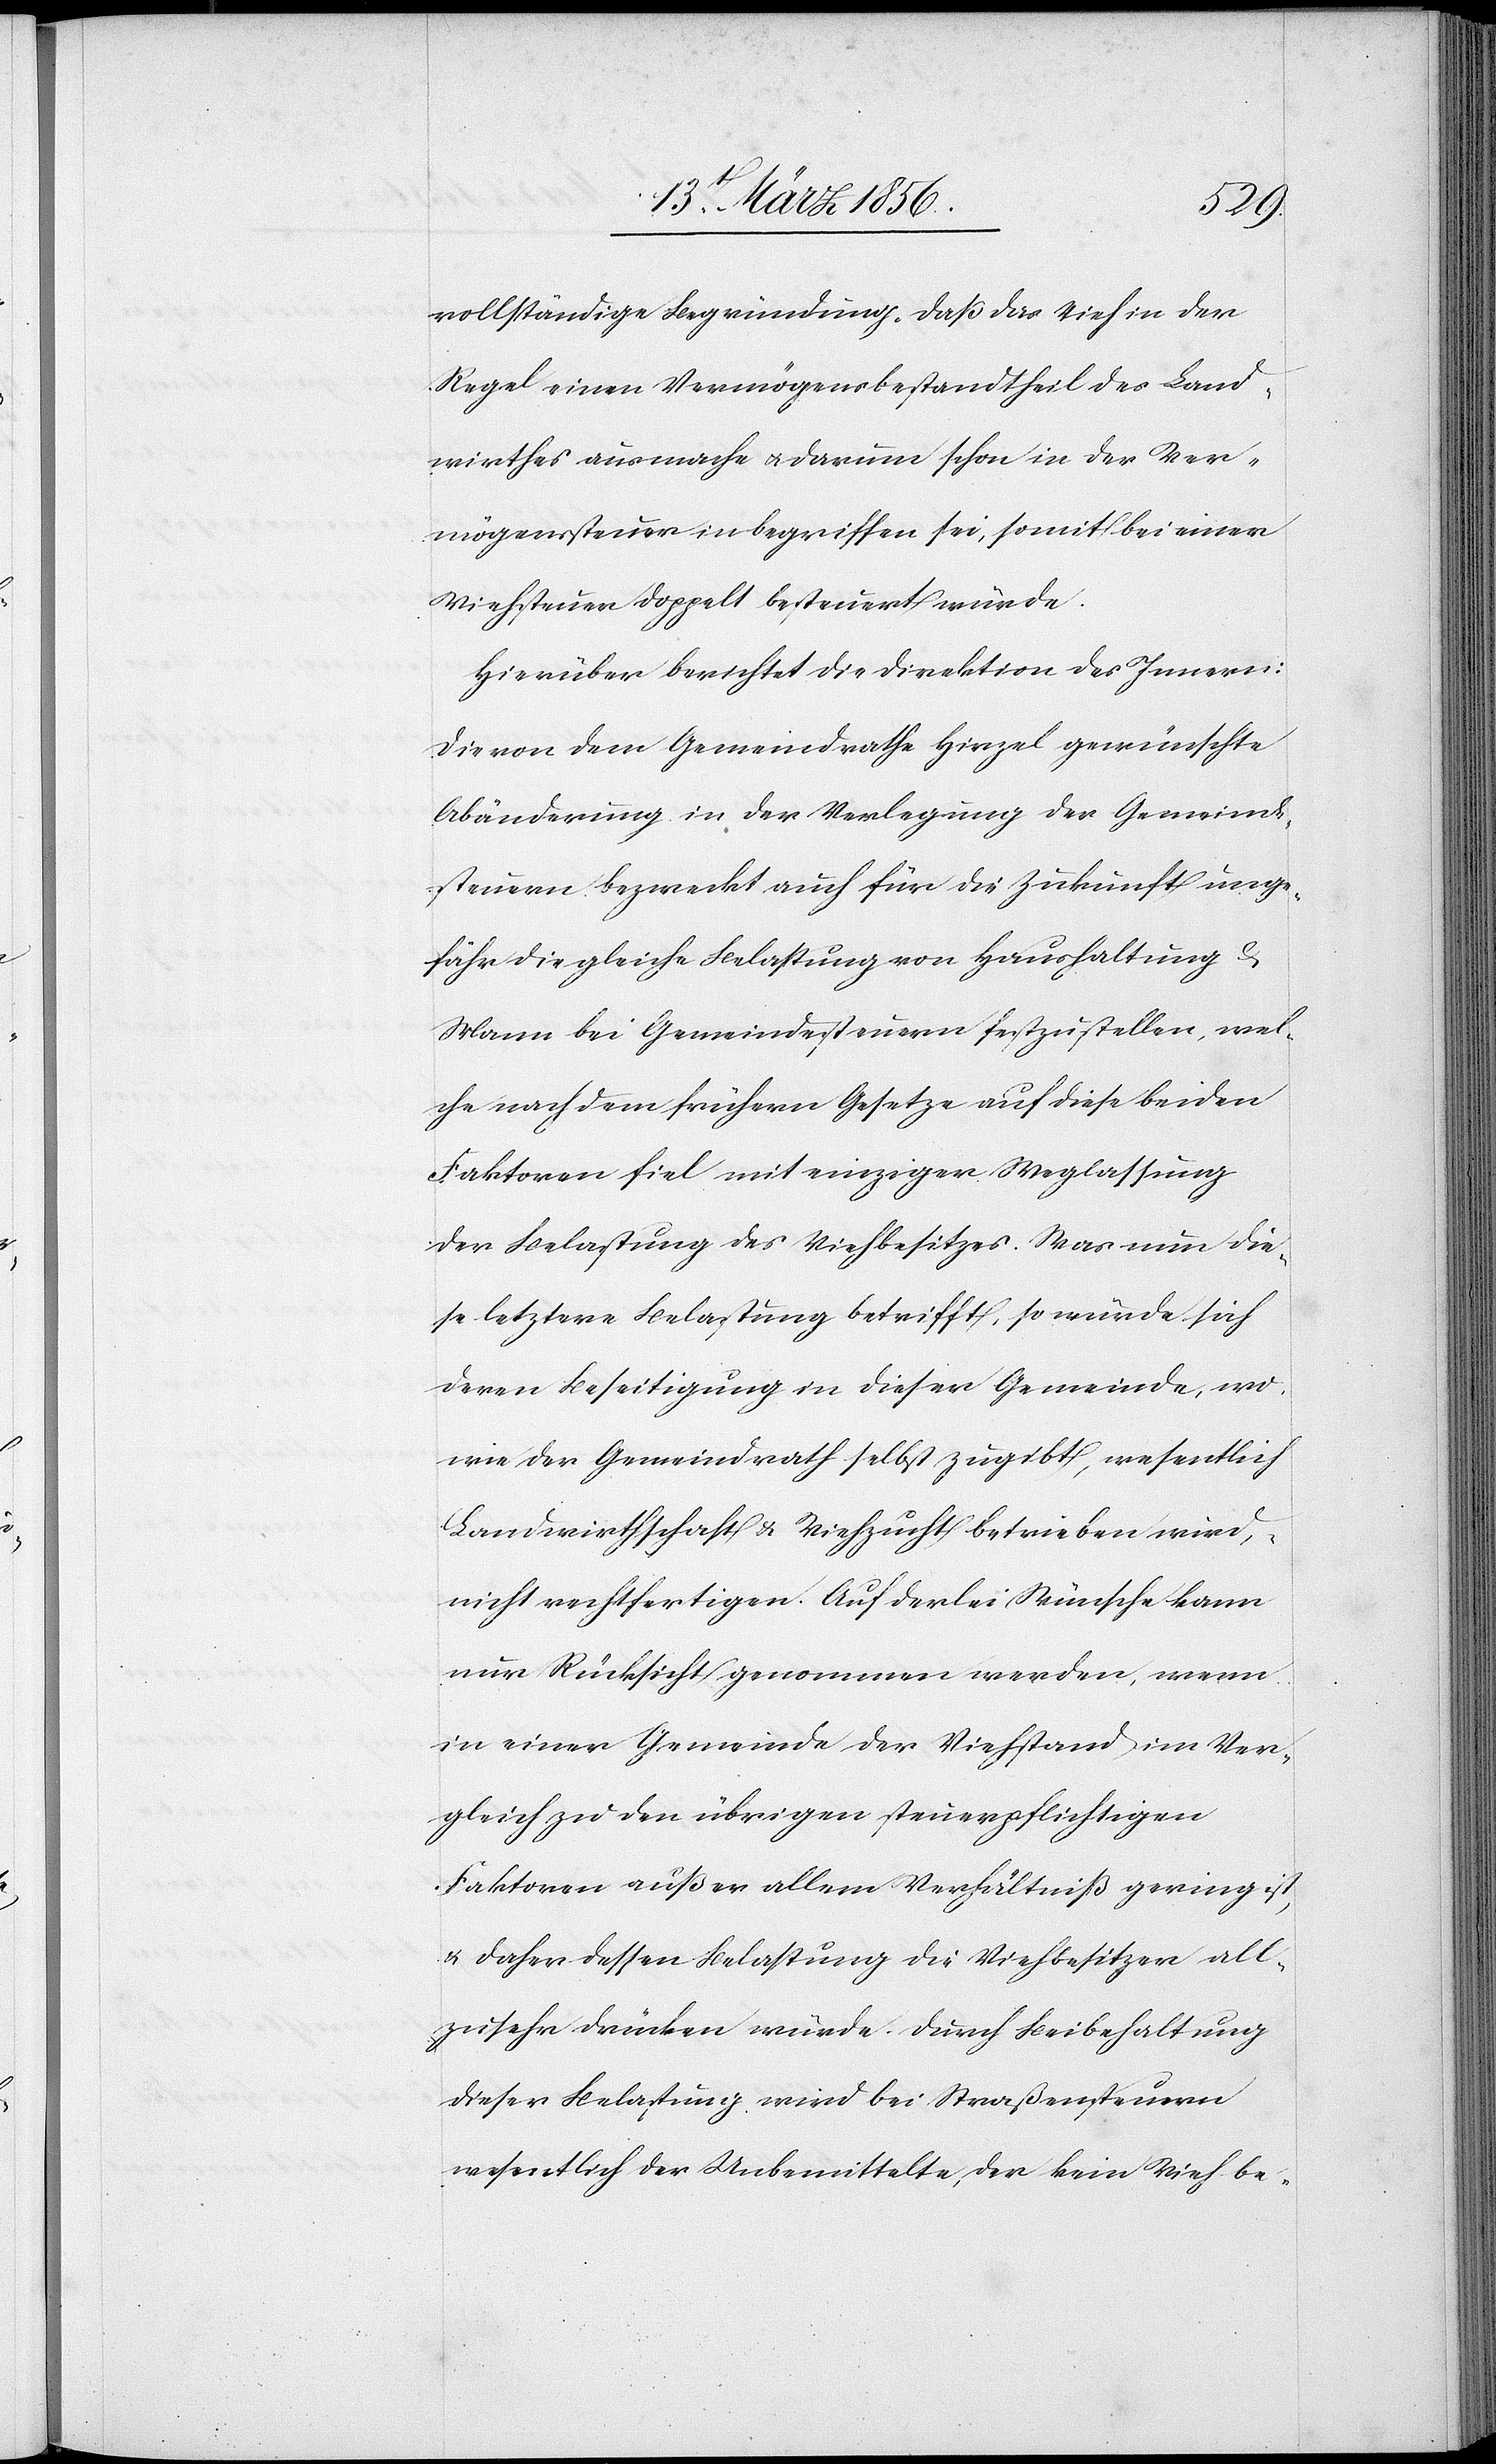
vollständige Begründung, daß das Vieh in der
Regel einen Vermögensbestandtheil des Land¬
wirthes ausmache u. darum schon in der Ver¬
mögenssteuer inbegriffen sei, somit bei einer
Viehsteuer doppelt besteuert würde.
Hierüber berichtet die Direktion des Innern:
Die von dem Gemeindrathe Hirzel gewünschte
Abänderung in der Verlegung der Gemeinde¬
steuern bezweckt auch für die Zukunft unge¬
fähr die gleiche Belastung von Haushaltung &
Mann bei Gemeindesteuern festzustellen, wel¬
che nach dem frühern Gesetze auf diese beiden
Faktoren fiel mit einziger Weglassung
der Belastung des Viehbesitzes. Was nun die¬
se letztere Belastung betrifft, so würde sich
deren Beseitigung in dieser Gemeinde, wo,
wie der Gemeindrath selbst zugibt, wesentlich
Landwirthschaft & Viehzucht betrieben wird,
nicht rechtfertigen. Auf derlei Wünsche kann
nur Rücksicht genommen werden, wenn
in einer Gemeinde der Viehstand im Ver¬
gleich zu den übrigen steuerpflichtigen
Faktoren außer allem Verhältniß gering ist,
& daher dessen Belastung die Viehbesitzer all¬
zusehr drücken würde. Durch Beibehaltung
dieser Belastung wird bei Straßensteuern
wesentlich der Unbemittelte, der kein Vieh be-